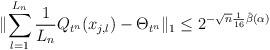
LaTeX: \begin{align*} \lVert \sum_{l=1}^{L_{n}} \frac{1}{L_{n}} Q_{t^n}(x_{j,l}) -\Theta_{t^n}\rVert_1 \leq 2^{-\sqrt{n}\frac{1}{16}\hat{\beta}(\alpha)} \end{align*}